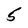
Character: 5